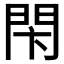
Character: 𨳲